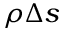
\rho \Delta s